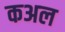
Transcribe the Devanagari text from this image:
कअल